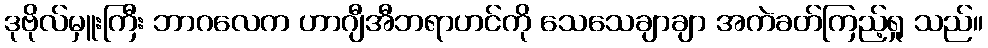
ဒုဗိုလ်မှူးကြီး ဘာဂလေက ဟာဂျီအီဘရာဟင်ကို သေသေချာချာ အကဲခတ်ကြည့်ရှု သည်။